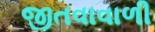
જીતવાવાળી